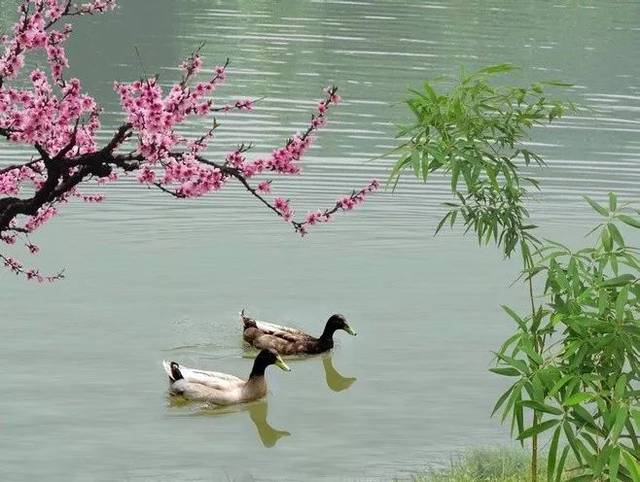
鹅鸭不知春去尽，争随流水趁桃花。